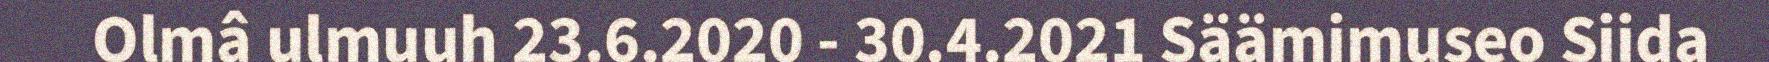
Olmâ ulmuuh 23.6.2020 - 30.4.2021 Säämimuseo Siida